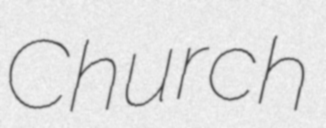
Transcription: Church